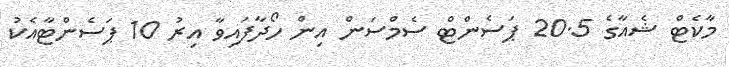
މާކެޓް ޝެއާގެ 20.5 ޕަސެންޓް ސެމްސަން އިން ހޯދާފައިވާ އިރު 10 ޕަސެންޓާއެކު